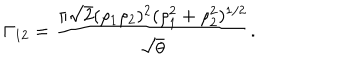
LaTeX: \Gamma _ { 1 2 } = { \frac { \pi \sqrt { 2 } ( \rho _ { 1 } \rho _ { 2 } ) ^ { 2 } ( \rho _ { 1 } ^ { 2 } + \rho _ { 2 } ^ { 2 } ) ^ { 1 / 2 } } { \sqrt { \theta } } } . \;